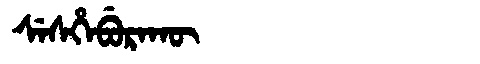
Manchu: ᠰᡝᠰᡥᡝᠪᡠᡵᠠᡴᡡ
Romanization: SESHEBURAKŪ